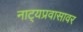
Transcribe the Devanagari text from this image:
नाट्यप्रवासावर